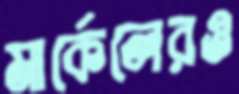
মার্কেলেরও